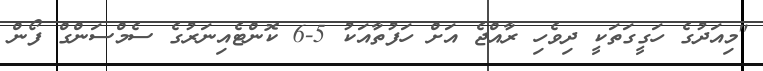
"މިއަދުގެ ހަގީގަތަކީ ދިވެހި ރާއްޖެ އަށް ހަފުތާއަކު 5-6 ކޮންޓެއިނަރުގެ ސެމްސަންގް ފޯން